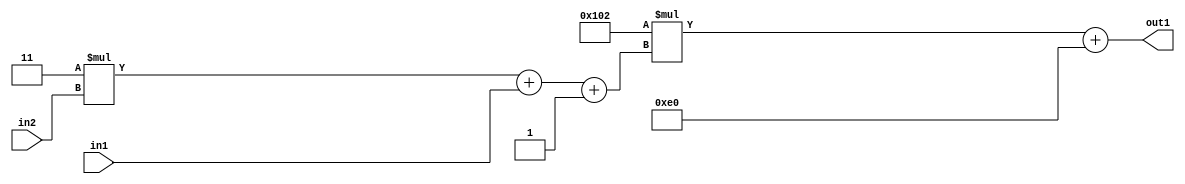
`timescale 1ps / 1ps
/*****************************************************************************
    Verilog RTL Description
    
    
    Created by: Stratus DpOpt 2019.1.01 
*******************************************************************************/

module DC_Filter_Add2i224Mul2i258Add3i1u1Mul2i3u2_4 (
	in2,
	in1,
	out1
	); /* architecture "behavioural" */ 
input [1:0] in2;
input  in1;
output [11:0] out1;
wire [11:0] asc001;
wire [3:0] asc002;

wire [3:0] asc002_tmp_0;
wire [3:0] asc002_tmp_1;
assign asc002_tmp_1 = 
	+(4'B0011 * in2);
assign asc002_tmp_0 = asc002_tmp_1
	+(in1);
assign asc002 = asc002_tmp_0
	+(4'B0001);

wire [11:0] asc001_tmp_2;
assign asc001_tmp_2 = 
	+(12'B000100000010 * asc002);
assign asc001 = asc001_tmp_2
	+(12'B000011100000);

assign out1 = asc001;
endmodule

/* CADENCE  vrTwQgA= : u9/ySgnWtBlWxVPRXgAZ4Og= ** DO NOT EDIT THIS LINE ******/